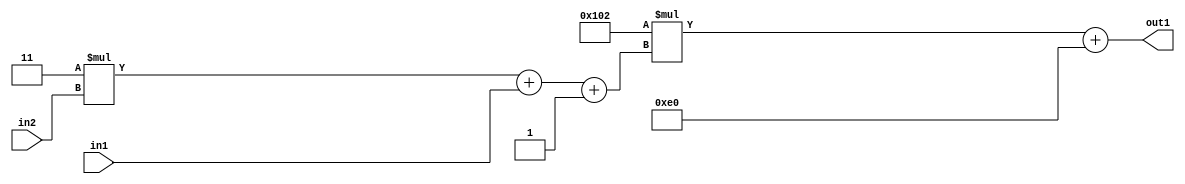
`timescale 1ps / 1ps
/*****************************************************************************
    Verilog RTL Description
    
    
    Created by: Stratus DpOpt 2019.1.01 
*******************************************************************************/

module DC_Filter_Add2i224Mul2i258Add3i1u1Mul2i3u2_4 (
	in2,
	in1,
	out1
	); /* architecture "behavioural" */ 
input [1:0] in2;
input  in1;
output [11:0] out1;
wire [11:0] asc001;
wire [3:0] asc002;

wire [3:0] asc002_tmp_0;
wire [3:0] asc002_tmp_1;
assign asc002_tmp_1 = 
	+(4'B0011 * in2);
assign asc002_tmp_0 = asc002_tmp_1
	+(in1);
assign asc002 = asc002_tmp_0
	+(4'B0001);

wire [11:0] asc001_tmp_2;
assign asc001_tmp_2 = 
	+(12'B000100000010 * asc002);
assign asc001 = asc001_tmp_2
	+(12'B000011100000);

assign out1 = asc001;
endmodule

/* CADENCE  vrTwQgA= : u9/ySgnWtBlWxVPRXgAZ4Og= ** DO NOT EDIT THIS LINE ******/